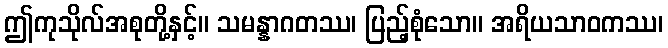
ဤကုသိုလ်အစုတို့နှင့်။ သမန္နာဂတဿ၊ ပြည့်စုံသော။ အရိယသာဝကဿ၊